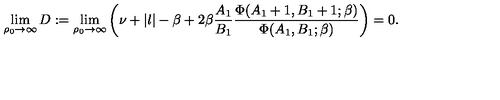
\lim _ { \rho _ { 0 } \rightarrow \infty } D : = \lim _ { \rho _ { 0 } \rightarrow \infty } \left( \nu + | l | - \beta + 2 \beta { \frac { A _ { 1 } } { B _ { 1 } } } { \frac { \Phi ( A _ { 1 } + 1 , B _ { 1 } + 1 ; \beta ) } { \Phi ( A _ { 1 } , B _ { 1 } ; \beta ) } } \right) = 0 .